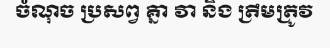
ចំណុច ប្រសព្វ គ្នា វា និង ត្រឹមត្រូវ